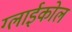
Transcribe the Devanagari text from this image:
ग्लाईकोल